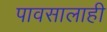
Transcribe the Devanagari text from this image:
पावसालाही